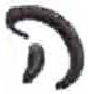
אות: ה